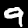
Digit: 9